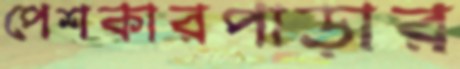
পেশকারপাড়ার